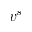
v ^ { s }